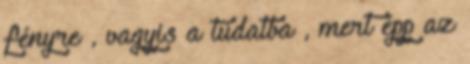
fényre , vagyis a tudatba , mert épp az